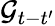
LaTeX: \mathcal{G}_{t-t^{\prime}}